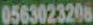
0563023206